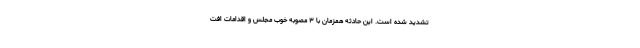
تشدید شده است. این حادثه همزمان با ۳ مصوبه خوب مجلس و اقدامات افت